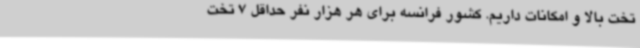
تخت بالا و امکانات داریم. کشور فرانسه برای هر هزار نفر حداقل 7 تخت